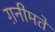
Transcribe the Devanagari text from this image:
ग़नीमतें